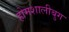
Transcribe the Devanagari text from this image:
होमशालीबुग